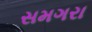
સમગરા